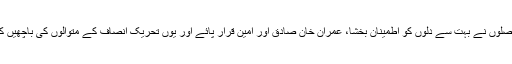
دونوں فیصلوں نے بہت سے دلوں کو اطمینان بخشا، عمران خان صادق اور امین قرار پائے اور یوں تحریک انصاف کے متوالوں کی باچھیں کھل گئیں۔